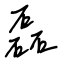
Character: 磊